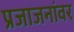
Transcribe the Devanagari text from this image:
प्रजाजनांवर